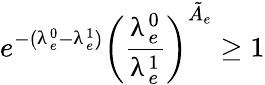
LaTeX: e^{-(\uplambda_{e}^{0}-\uplambda_{e}^{1})}\left(\frac{\uplambda_{e}^{0}}{\uplambda_{e}^{1}}\right)^{\tilde{A}_{e}}\ge 1